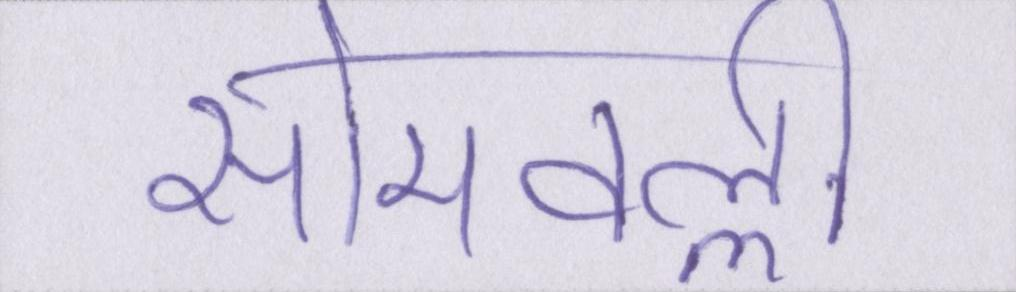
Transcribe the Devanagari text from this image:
सोमवल्ली